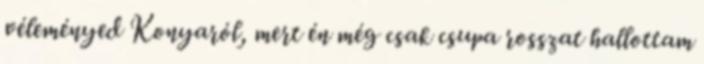
véleményed Konyaról, mert én még csak csupa rosszat hallottam